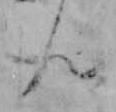
ん